Indian journal of veterinary science and animal husbandry - Volumes 22-23, 1952-1953
Year: 1952
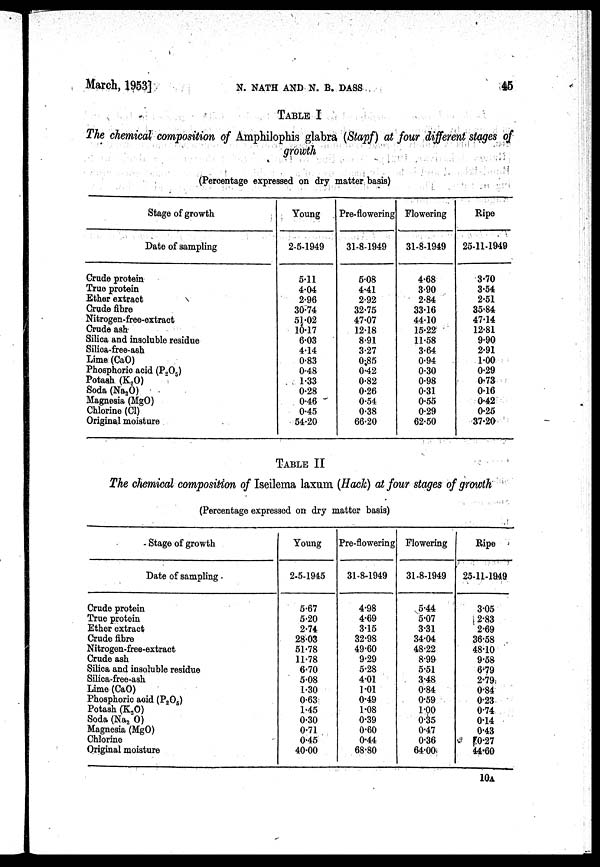
March,
1953]
N.
NATH
AND
N.
B.
DASS
45
TABLE I
The chemical composition of Amphilophis glabra (Stapf) at four different stages of
growth
(Percentage expressed on dry matter basis)
Stage of growth
Date of sampling
Crude protein
True protein
Ether extract
Crude fibre
Nitrogen-free-extract
Crude ash
Silica and insoluble residue
Silica-free-ash
Lime (CaO)
Phosphoric acid (P 2 O 5 )
Potash (K 2 O)
Soda (Na 2 O)
Magnesia (MgO)
Chlorine (Cl)
Original moisture
Young
2-5-1949
5.11
4.04
2.96
30.74
51.02
10.17
6.03
4.14
0.83
0.48
1.33
0.28
0.46
0.45
54.20
Pre-flowering
31-8-1949
5.08
4.41
2.92
32.75
47.07
12.18
8.91
3.27
0.85
0.42
0.82
0.26
0.54
0.38
66.20
Flowering
31-8-1949
4.68
3.90
2.84
33.16
44.10
15.22
11.58
3.64
0.94
0.30
0.98
0.31
0.55
0.29
62.50
Ripe
25-11-1949
3.70
3.54
2.51
35.84
47.14
12.81
9.90
2.91
1.00
0.29
0.73
0.16
0.42
0.25
37.20
TABLE II
The chemical composition of Iseilema laxum (Hack) at four stages of growth
(Percentage expressed on dry matter basis)
Stage of growth
Date of sampling
Crude protein
True protein
Ether extract
Crude fibre
Nitrogen-free-extract
Crude ash
Silica and insoluble residue
Silica-free-ash
Lime (CaO)
Phosphoric acid (P 2 O 5 )
Potash (K 2 O)
Soda (Na 2 O)
Magnesia (MgO)
Chlorine
Original moisture
Young
2-5-1945
5.67
5.20
2.74
28.03
51.78
11.78
6.70
5.08
1.30
0.63
1.45
0.30
0.71
0.45
40.00
Pre-flowering
31-8-1949
4.98
4.69
3.15
32.98
49.60
9.29
5.28
4.01
1.01
0.49
1.08
0.39
0.60
0.44
68.80
Flowering
31-8-1949
5.44
5.07
3.31
34.04
48.22
8.99
5.51
3.48
0.84
0.59
1.00
0.35
0.47
0.36
64.00
Ripe
25-11-1949
3.05
2.83
2.69
36.58
48.10
9.58
6.79
2.79
0.84
0.23
0.74
0.14
0.43
0.27
44.60
10A